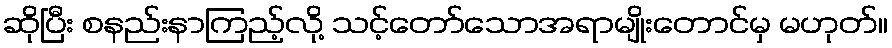
ဆိုပြီး စနည်းနာကြည့်လို့ သင့်တော်သောအရာမျိုးတောင်မှ မဟုတ်။